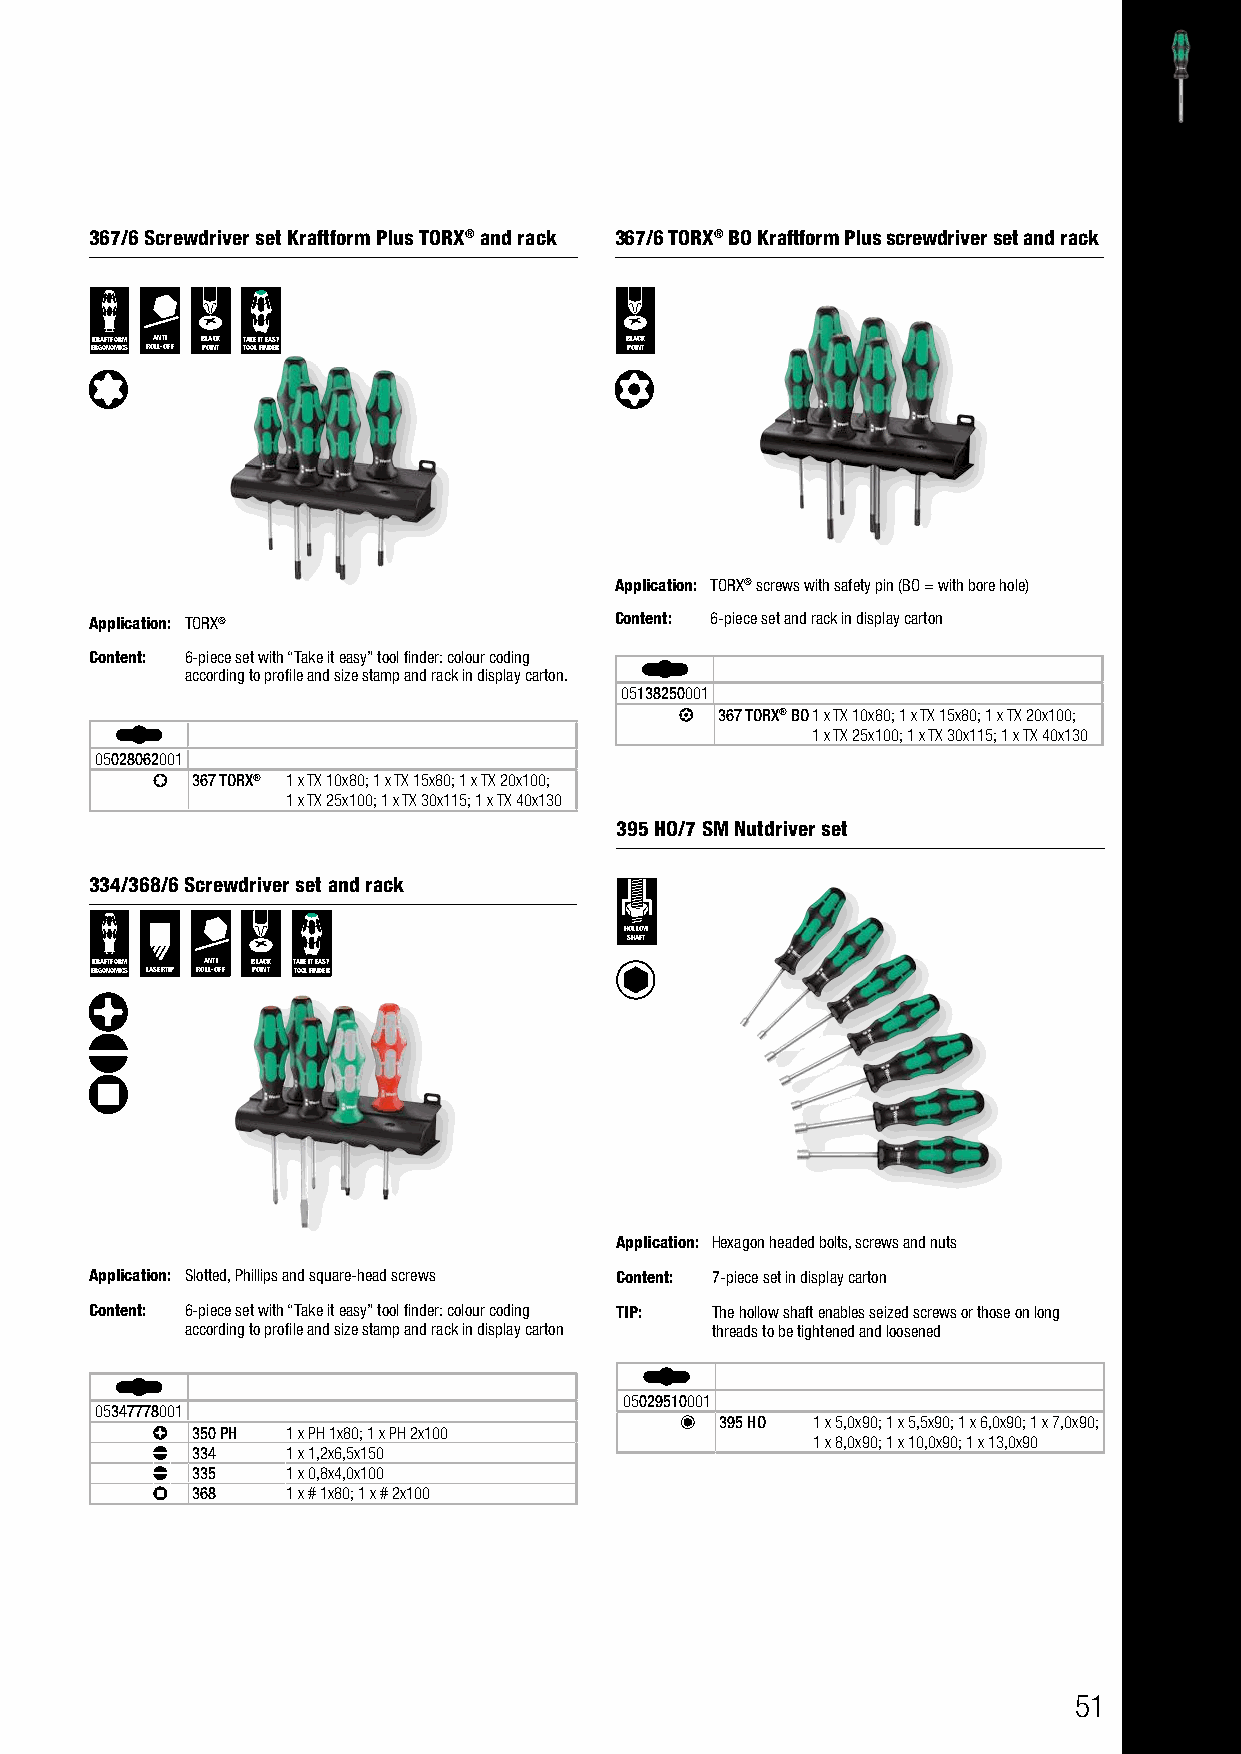
367/6 Screwdriver set Kraftform Plus TORX® and rack 367/6 TORX® BO Kraftform Plus screwdriver set and rack
 KRAFTFORM ANTI BLACK TAKE IT EASY  BLACK
 ERGONOMICS ROLL-OFF POINT TOOL FINDER POINT
 Application: TORX® screws with safety pin (BO = with bore hole)
 Application: TORX®                 Content: 6-piece set and rack in display carton
 Content: 6-piece set with “Take it easy” tool finder: colour coding
 according to profile and size stamp and rack in display carton.
 05138250001
 367 TORX® BO1 x TX 10x80; 1 x TX 15x80; 1 x TX 20x100;
 1 x TX 25x100; 1 x TX 30x115; 1 x TX 40x130
 05028062001
 367 TORX® 1 x TX 10x80; 1 x TX 15x80; 1 x TX 20x100;
 1 x TX 25x100; 1 x TX 30x115; 1 x TX 40x130
 395 HO/7 SM Nutdriver set
 334/368/6 Screwdriver set and rack
 HOLLOW
 SHAFT
 KRAFTFORM ANTI BLACK TAKE IT EASY
 ERGONOMICS LASERTIP ROLL-OFF POINT TOOL FINDER
 Application: Hexagon headed bolts, screws and nuts
 Application: Slotted, Phillips and square-head screws Content: 7-piece set in display carton
 Content: 6-piece set with “Take it easy” tool finder: colour coding TIP: The hollow shaft enables seized screws or those on long
 according to profile and size stamp and rack in display carton threads to be tightened and loosened
 05029510001
 05347778001
 395 HO 1 x 5,0x90; 1 x 5,5x90; 1 x 6,0x90; 1 x 7,0x90;
 350 PH 1 x PH 1x80; 1 x PH 2x100
 1 x 8,0x90; 1 x 10,0x90; 1 x 13,0x90
 334   1 x 1,2x6,5x150
 335   1 x 0,8x4,0x100
 368   1 x # 1x80; 1 x # 2x100
 51